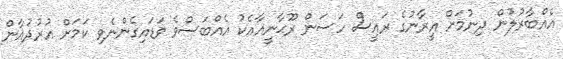
އެއްބާރުލުން ދިނުމަށް އީރާނުގެ ރައީސް ހަސަން ރޫޙާނީއާއެކު އެއްބަސްވެ ވަޑައިގެންނެވި ކަމަށް އުރުދުޣާން